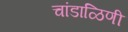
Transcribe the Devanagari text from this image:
चांडाळिणी